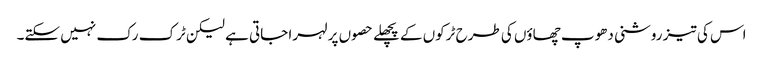
اس کی تیز روشنی دھوپ چھاؤں کی طرح ٹرکوں کے پچھلے حصوں پر لہرا جاتی ہے لیکن ٹرک رک نہیں سکتے۔